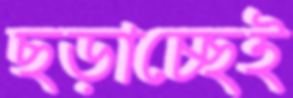
ছড়াচ্ছেই